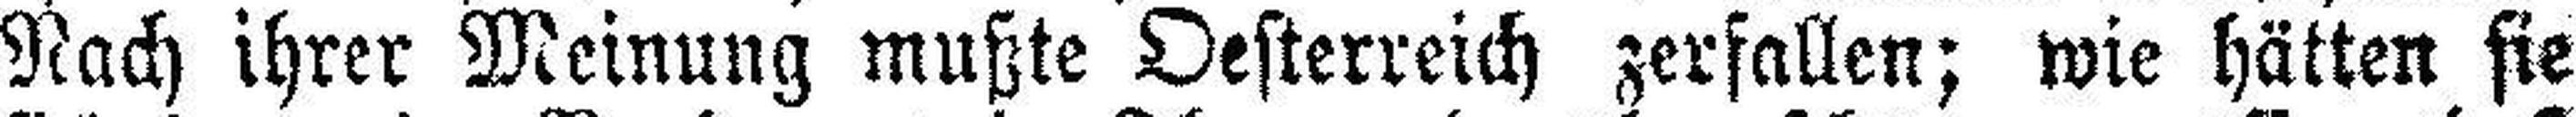
Nach ihrer Meinung mußte Oesterreich zerfallen; wie hätten sie